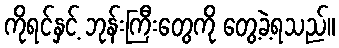
ကိုရင်နှင့် ဘုန်းကြီးတွေကို တွေ့ခဲ့ရသည်။